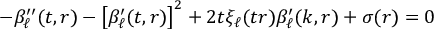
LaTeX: - \beta _ { \ell } ^ { \prime \prime } ( t , r ) - \left[ \beta _ { \ell } ^ { \prime } ( t , r ) \right] ^ { 2 } + 2 t \xi _ { \ell } ( t r ) \beta _ { \ell } ^ { \prime } ( k , r ) + \sigma ( r ) = 0